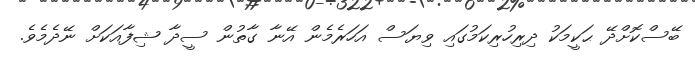
ބޭސްކޮށްދޭ ޙަކީމަކު ދިރިހުރިކަމުގައި ވިޔަސް އަހަރެމެން އޭނާ ގާތުން ސީދާ ޝިފާއަކަށް ނޭދެމެވެ.